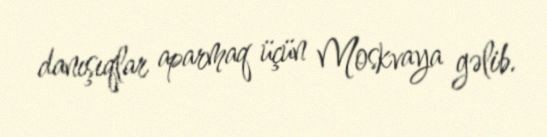
danışıqlar aparmaq üçün Moskvaya gəlib.